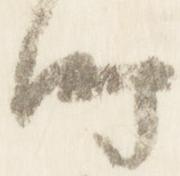
時